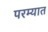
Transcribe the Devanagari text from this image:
परम्यात